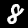
Label: 8